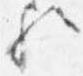
歟